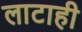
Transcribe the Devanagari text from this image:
लाटाही